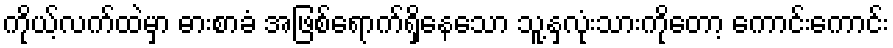
ကိုယ့်လက်ထဲမှာ ဓားစာခံ အဖြစ်ရောက်ရှိနေသော သူ့နှလုံးသားကိုတော့ ကောင်းကောင်း